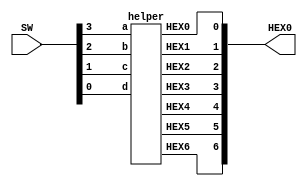
module hexa_display(SW,HEX0);
	input [3:0] SW;
	output [6:0] HEX0;
	
	helper h0(
		.a(SW[3]),
		.b(SW[2]),
		.c(SW[1]),
		.d(SW[0]),
		.HEX0(HEX0[0]),
		.HEX1(HEX0[1]),
		.HEX2(HEX0[2]),
		.HEX3(HEX0[3]),
		.HEX4(HEX0[4]),
		.HEX5(HEX0[5]),
		.HEX6(HEX0[6])
	);
endmodule


module helper(a,b,c,d,HEX0,HEX1,HEX2,HEX3,HEX4,HEX5,HEX6);
	input a;
	input b;
	input c;
	input d;
	output HEX0;
	output HEX1;
	output HEX2;
	output HEX3;
	output HEX4;
	output HEX5;
	output HEX6;

	assign HEX0 = ~a&~b&~c&d|~a&b&~c&~d|a&b&~c&d|a&~b&c&d;
	assign HEX1 = ~a&b&~c&d|a&c&d|b&c&~d|a&b&~d;
	assign HEX2 = a&b&~d|a&b&c|~a&~b&c&~d;
	assign HEX3 = ~a&~b&~c&d|~a&b&~c&~d|b&c&d|a&~b&c&~d;
	assign HEX4 = ~a&d|~b&~c&d|~a&b&~c;
	assign HEX5 = ~a&~b&d|~a&c&d|a&b&~c&d|~a&~b&c;
	assign HEX6 = ~a&~b&~c|a&b&~c&~d|~a&b&c&d;

endmodule